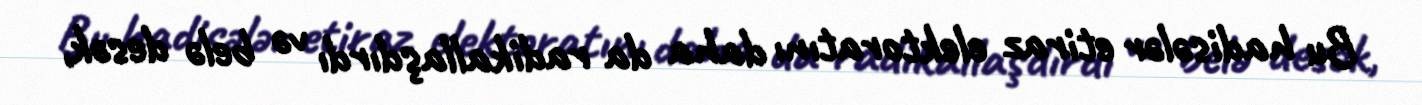
Bu hadisələr etiraz elektoratını daha da radikallaşdırdı və belə desək,